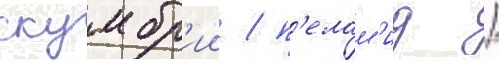
скумбр'ии / п'елам'ид /